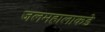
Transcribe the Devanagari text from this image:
जलमहालाकडे